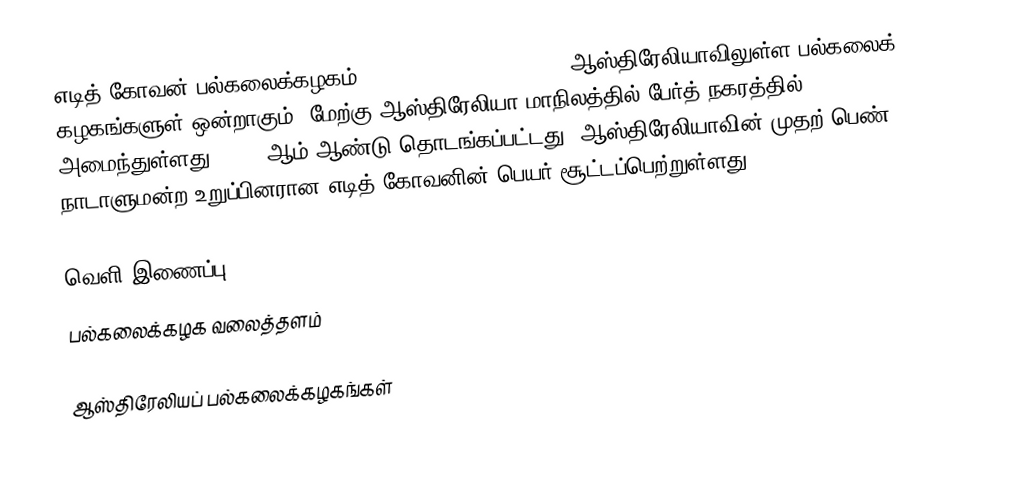
எடித் கோவன் பல்கலைக்கழகம் (Edith Cowan University) ஆஸ்திரேலியாவிலுள்ள பல்கலைக் கழகங்களுள் ஒன்றாகும். மேற்கு ஆஸ்திரேலியா மாநிலத்தில் பேர்த் நகரத்தில் அமைந்துள்ளது. 1991 ஆம் ஆண்டு தொடங்கப்பட்டது. ஆஸ்திரேலியாவின் முதற் பெண் நாடாளுமன்ற உறுப்பினரான எடித் கோவனின் பெயர் சூட்டப்பெற்றுள்ளது.

வெளி இணைப்பு
 பல்கலைக்கழக வலைத்தளம்

ஆஸ்திரேலியப் பல்கலைக்கழகங்கள்